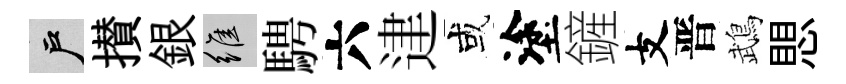
户攅銀維騁六䢖或塗鏟支晋鵡愳